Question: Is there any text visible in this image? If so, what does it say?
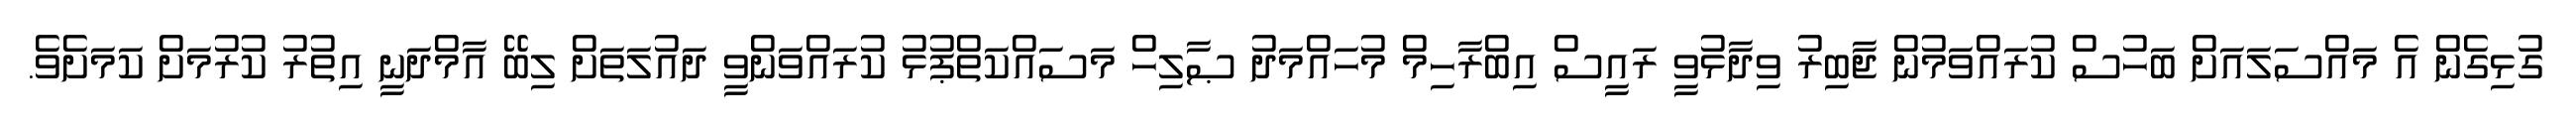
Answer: ގުޅިގެން އެ މައްސަލައަށް ބަހުސް ކުރައްވަމުން ޖާބިރު ވިދާޅުވީ ރައީސް އިބްރާހިމް މުހައްމަދު ޞާލިހް މަސައްކަތްޕުޅު ކުރައްވަންވީ ދައުލަތަށް ލިބޭ އާމްދަނީ އިތުރު ކުރުމަށް ކަމަށެވެ.